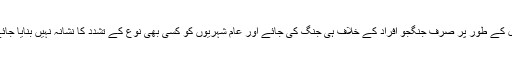
“ مثال کے طور پر صرف جنگجو افراد کے خلاف ہی جنگ کی جائے اور عام شہریوں کو کسی بھی نوع کے تشدد کا نشانہ نہیں بنایا جائے گا۔